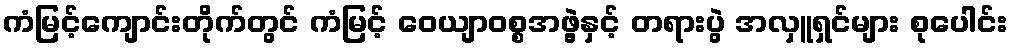
ကံမြင့်ကျောင်းတိုက်တွင် ကံမြင့် ဝေယျာဝစ္စအဖွဲ့နှင့် တရားပွဲ အလှူရှင်များ စုပေါင်း